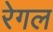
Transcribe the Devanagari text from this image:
रेगल